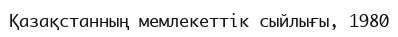
Қазақстанның мемлекеттік сыйлығы, 1980